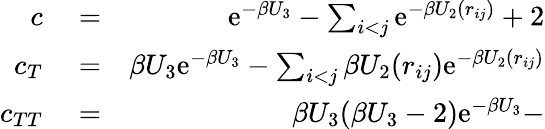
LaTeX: \begin{array}{rlr}{c}&{{}=}&{\mathrm{e}^{-\beta U_{3}}-\sum_{i<j}\mathrm{e}^{-\beta U_{2}(r_{ij})}+2}\\ {c_{T}}&{{}=}&{\beta U_{3}\mathrm{e}^{-\beta U_{3}}-\sum_{i<j}\beta U_{2}(r_{ij})\mathrm{e}^{-\beta U_{2}(r_{ij})}}\\ {c_{TT}}&{{}=}&{\beta U_{3}(\beta U_{3}-2)\mathrm{e}^{-\beta U_{3}}-}\end{array}